Civil Veterinary Department. Central Provinces & Berar 1932-41 - 1932-1941
Year: 1932
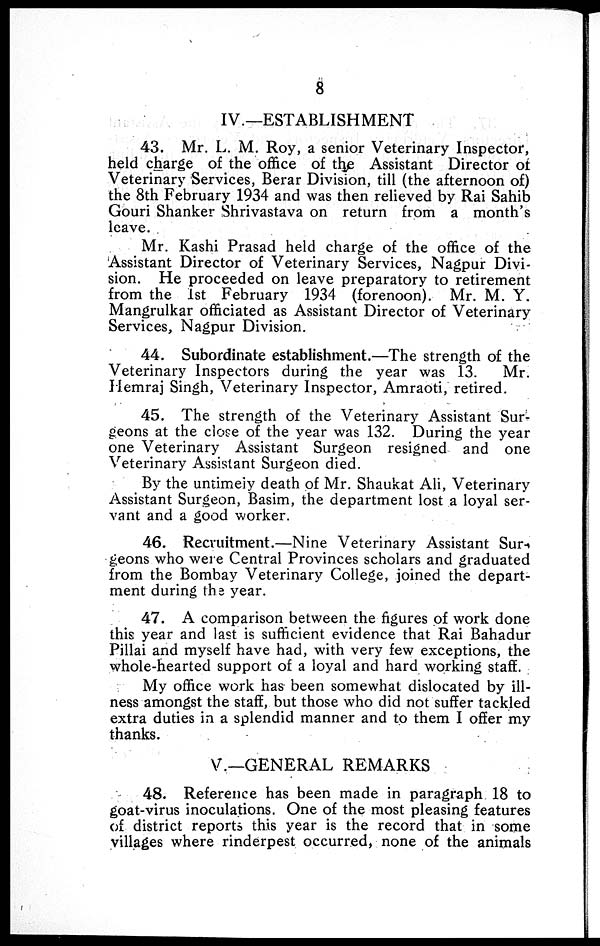
8
IV.—ESTABLISHMENT
43. Mr. L. M. Roy, a senior Veterinary Inspector,
held charge of the office of the Assistant Director of
Veterinary Services, Berar Division, till (the afternoon of)
the 8th February 1934 and was then relieved by Rai Sahib
Gouri Shanker Shrivastava on return from a month's
leave.
Mr. Kashi Prasad held charge of the office of the
Assistant Director of Veterinary Services, Nagpur Divi-
sion. He proceeded on leave preparatory to retirement
from the 1st February 1934 (forenoon). Mr. M. Y.
Mangrulkar officiated as Assistant Director of Veterinary
Services, Nagpur Division.
44. Subordinate establishment.—The strength of the
Veterinary Inspectors during the year was 13. Mr.
Hemraj Singh, Veterinary Inspector, Amraoti, retired.
45. The strength of the Veterinary Assistant Sur-
geons at the close of the year was 132. During the year
one Veterinary Assistant Surgeon resigned and one
Veterinary Assistant Surgeon died.
By the untimely death of Mr. Shaukat Ali, Veterinary
Assistant Surgeon, Basim, the department lost a loyal ser-
vant and a good worker.
46. Recruitment.—Nine Veterinary Assistant Sur-
geons who were Central Provinces scholars and graduated
from the Bombay Veterinary College, joined the depart-
ment during the year.
47. A comparison between the figures of work done
this year and last is sufficient evidence that Rai Bahadur
Pillai and myself have had, with very few exceptions, the
whole-hearted support of a loyal and hard working staff.
My office work has been somewhat dislocated by ill-
ness amongst the staff, but those who did not suffer tackled
extra duties in a splendid manner and to them I offer my
thanks.
V.—GENERAL REMARKS
48. Reference has been made in paragraph 18 to
goat-virus inoculations. One of the most pleasing features
of district reports this year is the record that in some
villages where rinderpest occurred, none of the animals